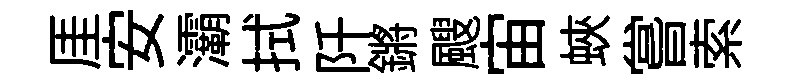
厓安灞拭阡鏘颼宙蛺嘗索